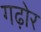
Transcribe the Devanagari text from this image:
गढ़ोर